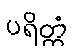
ပရိတ္တံ